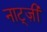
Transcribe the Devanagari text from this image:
नाट्ज़ी